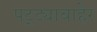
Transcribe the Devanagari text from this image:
पट्ट्याबाहेर